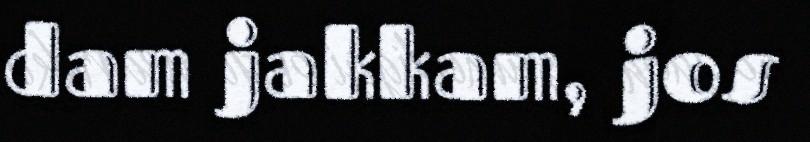
dam jakkam, jos